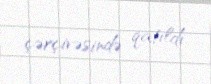
çərçivəsində qatıldı.